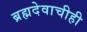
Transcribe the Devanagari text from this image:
ब्रह्मदेवाचीही